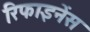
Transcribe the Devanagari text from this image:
रिफाइनेंस